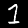
Label: 1